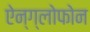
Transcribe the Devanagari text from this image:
ऐन्ग्लोफोन